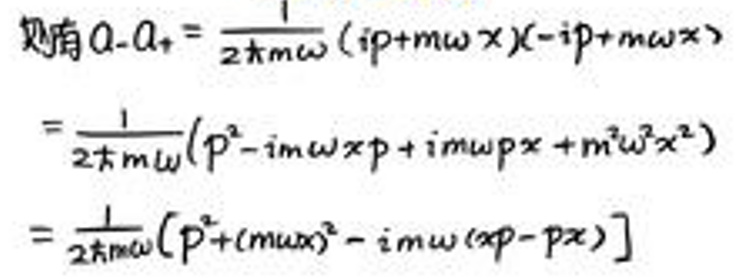
\begin{align*}
\alpha_{H}\alpha_{+}&=\frac{1}{2\hbar m\omega}(ip + m\omega x)(-ip + m\omega x)\\
&=\frac{1}{2\hbar m\omega}(p^{2}-im\omega xp + im\omega px + m^{2}\omega^{2}x^{2})\\
&=\frac{1}{2\hbar m\omega}(p^{2}+m^{2}\omega^{2}-im\omega(xp - px))
\end{align*}